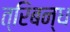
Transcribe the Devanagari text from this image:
त्रिबन्ध